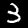
Label: 3